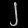
Digit: ၂